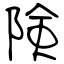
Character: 険